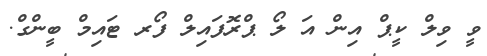
ވީ ވިލް ކީޕް އިން އަ ލޯ ޕްރޮފައިލް ފޯރ ޓައިމް ބީންގް.